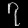
Digit: ၇